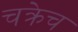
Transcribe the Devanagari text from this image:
चक्रेच